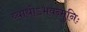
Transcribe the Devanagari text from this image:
व्याधोऽभवन्मुनिः